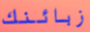
زبائنك